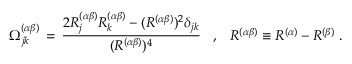
\Omega _ { j k } ^ { ( \alpha \beta ) } \, = \, \frac { 2 R _ { j } ^ { ( \alpha \beta ) } R _ { k } ^ { ( \alpha \beta ) } - ( R ^ { ( \alpha \beta ) } ) ^ { 2 } \delta _ { j k } } { ( R ^ { ( \alpha \beta ) } ) ^ { 4 } } \; \; \; , \; \; \; R ^ { ( \alpha \beta ) } \equiv R ^ { ( \alpha ) } - R ^ { ( \beta ) } \; .